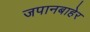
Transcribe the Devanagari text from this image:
जपानबाहेर